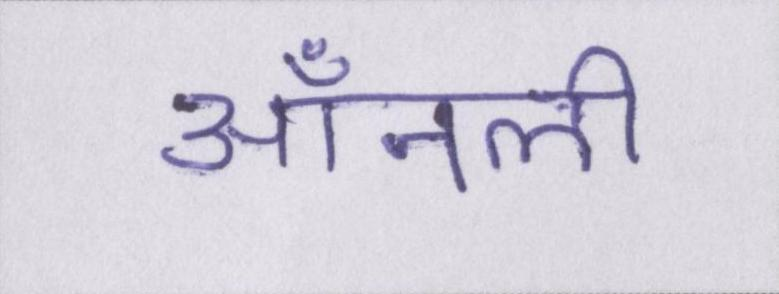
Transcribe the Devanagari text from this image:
ऑनली